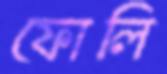
ফোলি